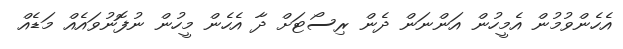
އެހެންވުމުން އެމީހުން އަންނަން ދެން ރިސޯޓަށް ދާ އެހެން މީހުން ނުފޮނުވައެއް މަޑެއް